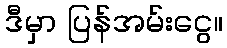
ဒီမှာ ပြန်အမ်းငွေ။